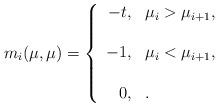
LaTeX: \begin{align*}m_i(\mu,\mu)=\left\{\begin{array}{rl}-t,&\mu_i > \mu_{i+1},\\ \\-1,&\mu_i < \mu_{i+1},\\ \\0,&.\end{array}\right.\end{align*}